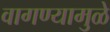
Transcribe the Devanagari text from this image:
वागण्यामुळे